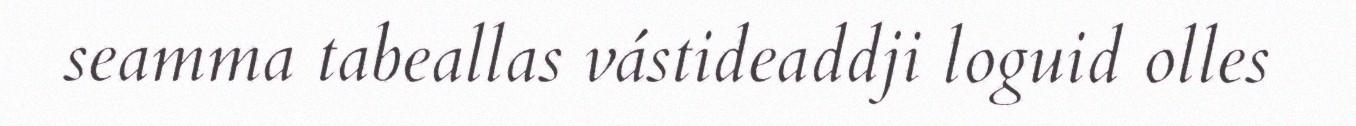
seamma tabeallas vástideaddji loguid olles